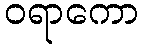
ဝရာကော